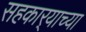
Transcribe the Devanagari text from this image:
सहकार्‍याच्या